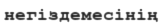
негіздемесінің